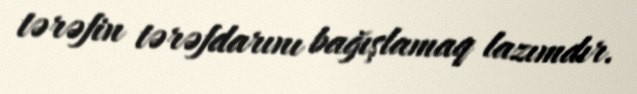
tərəfin tərəfdarını bağışlamaq lazımdır.